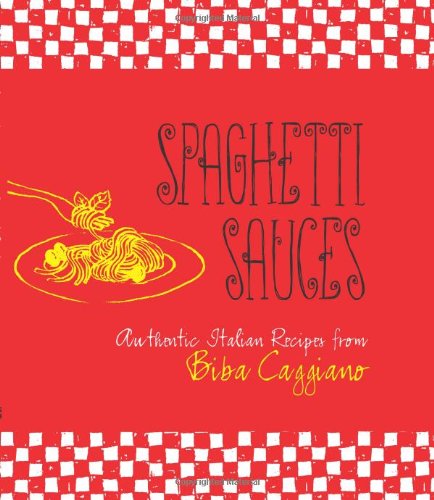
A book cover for Spaghetti Sauces: Authentic Italian Recipes from Biba Caggiano; Biba Caggiano; Cookbooks, Food & Wine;